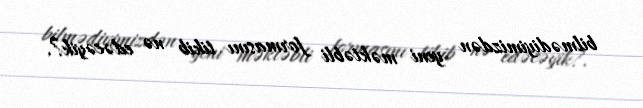
bilmədiyimizdən yeni məktəbli formasını tikib nə edəcəyik?.